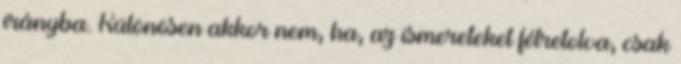
irányba. Különösen akkor nem, ha, az ismereteket félretolva, csak